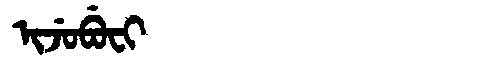
Manchu: ᡳᠵᡠᠪᡠᠸᡳ
Romanization: IJUBUFI